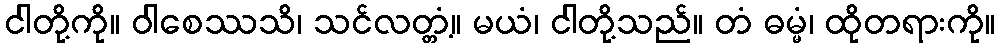
ငါတို့ကို။ ဝါစေဿသိ၊ သင်လတ္တံ့။ မယံ၊ ငါတို့သည်။ တံ ဓမ္မံ၊ ထိုတရားကို။